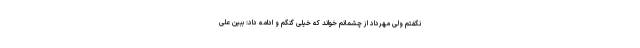
نگفتم ولی مهرداد از چشمانم خواند که خیلی گنگم و ادامه داد: ببین علی